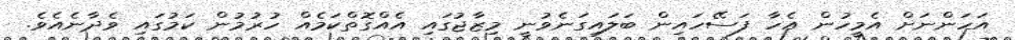
އަހަންނަށް އެމީހުން އެހާ ފަސޭހައިން ބަލައިގަނެވުނީ މިޒާޖުގައި އެއްގޮތްކަމެއް ހުރުމުން ކަމުގައި ވެދާނެއެވެ.